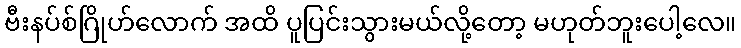
ဗီးနပ်စ်ဂြိုဟ်လောက် အထိ ပူပြင်းသွားမယ်လို့တော့ မဟုတ်ဘူးပေါ့လေ။